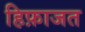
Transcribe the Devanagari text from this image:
हिफ़ाजत